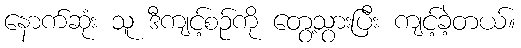
နောက်ဆုံး သူ ဒီကျင့်စဉ်ကို တွေ့သွားပြီး ကျင့်ခဲ့တယ်။